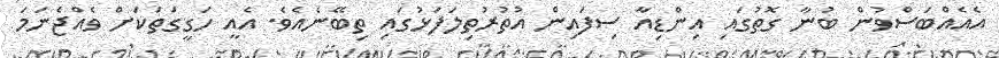
އެއެއްބަސްވުން ބުނާ ގޮތުގައި އިންޑިއާ ސިފައިން އުތުރުތިލަފަޅުގައި ތިބޭނެއެވެ. އެއީ ހަގީގަތަކަށް ވެއްޖެނަމަ